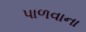
પાળવાના